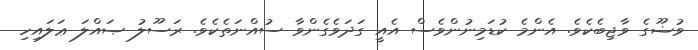
ވުޟޫގެ ވާޖިބެކެވެ. އެންމެ ކުޑަމިނުންވެސް އެއީ ގަދަވެގެންވާ ސުއްނަތެކެވެ. ރަސޫލު ޞައްލަ ޢަލައިހި